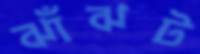
ঝাঁঝট